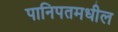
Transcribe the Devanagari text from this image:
पानिपतमधील